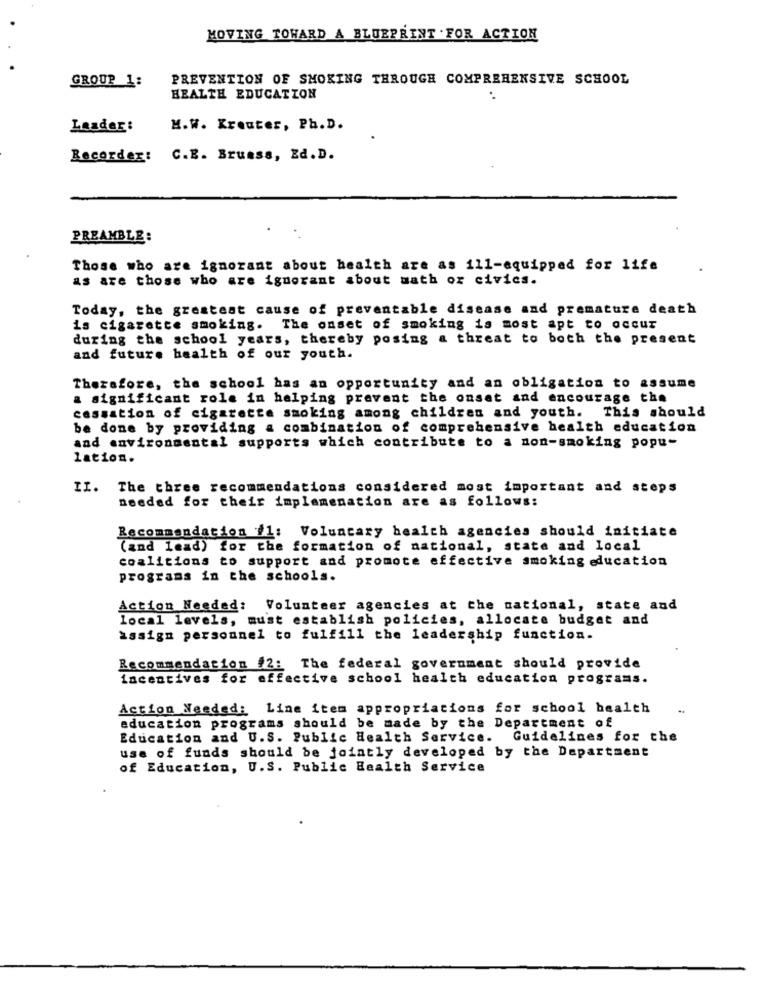
MOVING TOWARD A BLUEPRINT . FOR ACTION
GROUP 1:
PREVENTION OF SMOKING THROUGH COMPREHENSIVE SCHOOL
HEALTH EDUCATION
Leader:
M.W. Kreuter, Ph. D.
Recorder: C.E. Bruass, Ed.D.
PREAMBLE:
Those who are ignorant about health are as il1-equipped for life
as are those who are ignorant about math or civics.
Today, the greatest cause of preventable disease and premature death
is cigarette smoking. The onset of smoking is most apt to occur
during the school years, thereby posing a threat to both the present
and future health of our youth.
Therefore, the school has an opportunity and an obligation to assume
a significant role in helping prevent the onset and encourage the
cassation of cigarette smoking among children and youth. This should
be done by providing a combination of comprehensive health education
and environmental supports which contribute to a non-smoking popu-
lation.
II. The three recommendations considered most important and steps
needed for their implemenation are as follows:
Recommendation il: Voluntary health agencies should initiate
(and lead) for the formation of national, state and local
coalitions to support and promote effective smoking education
programs in the schools.
Action Needed: Volunteer agencies at the national, state and
local levels, must establish policies, allocate budget and
assign personnel to fulfill the leadership function-
Recommendation #2: The federal government should provide
incentives for effective school health education programs.
Action Needed: Line item appropriations for school health
education programs should be made by the Department of
Education and U.S. Public Health Service.
Guidelines for the
use of funds should be jointly developed by the Department
of Education, U.S. Public Health Service